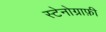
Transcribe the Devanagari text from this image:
स्टेनोग्राफ़ी